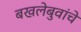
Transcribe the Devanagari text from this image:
बखलेबुवांचे